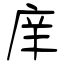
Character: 庠